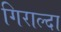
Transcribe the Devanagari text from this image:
गिराल्दा